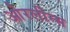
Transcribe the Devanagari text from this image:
ओरलीन्स